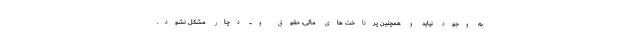
به وجود نیاید و همچنین پرداخت های مالی، حقوق و... دچار مشکل نشود.